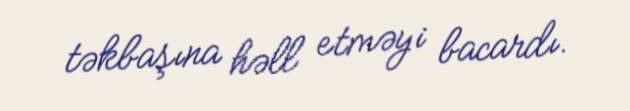
təkbaşına həll etməyi bacardı.